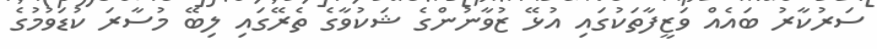
ސަރުކާރު ބައެއް ވަޒީފާތަކުގައި އުޅޭ ޒުވާނުންގެ ޝަކުވާގެ ތެރޭގައި ލިބޭ މުސާރަ ކުޑަވުމުގެ